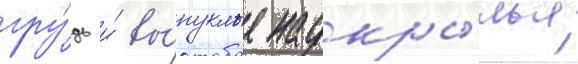
гру́дь и́ вы́пуклые надкры́лья